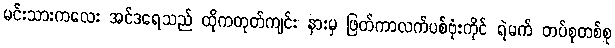
မင်းသားကလေး အင်ဒရေသည် ထိုကတုတ်ကျင်း နားမှ ဖြတ်ကာလက်ပစ်ဗုံးကိုင် ရဲမက် တပ်စုတစ်စု